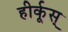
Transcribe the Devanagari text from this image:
हीर्कूस्